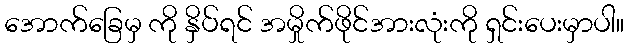
အောက်ခြေမှ ကို နှိပ်ရင် အမှိုက်ဖိုင်အားလုံးကို ရှင်းပေးမှာပါ။